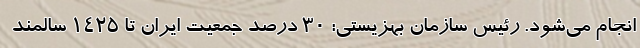
انجام می‌شود. رئیس سازمان بهزیستی: ۳۰ درصد جمعیت ایران تا ۱۴۲۵ سالمند